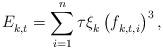
LaTeX: \begin{align*} E_{k,t}^{} = \sum_{i=1}^n\tau \xi^{}_k\left(f^{}_{k,t,i}\right)^3, \end{align*}